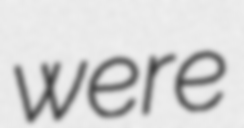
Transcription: were